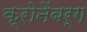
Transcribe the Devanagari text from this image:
क्रोनेंबर्ग